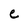
Character: e